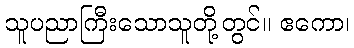
သူပညာကြီးသောသူတို့တွင်။ ဧကော၊